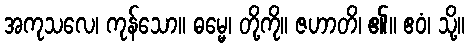
အကုသလေ၊ ကုန်သော။ ဓမ္မေ၊ တို့ကို။ ဇဟာတိ၊ ၏။ ဧဝံ၊ သို့။